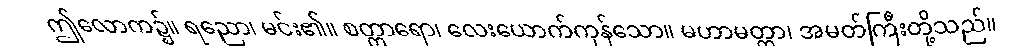
ဤလောက၌။ ရညော၊ မင်း၏။ စတ္တာရော၊ လေးယောက်ကုန်သော။ မဟာမတ္တာ၊ အမတ်ကြီးတို့သည်။